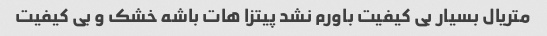
متریال بسیار بی کیفیت باورم نشد پیتزا هات باشه خشک و بی کیفیت